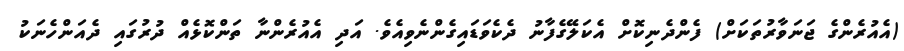
(އެއުރެންގެ ޖަނަވާރުތަކަށް) ފެންދެނިކޮށް އެކަލޭގެފާނު ދެކެވަޑައިގެންނެވިއެވެ. އަދި އެއުރެންނާ ތަންކޮޅެއް ދުރުގައި ދެއަންހެނަކު